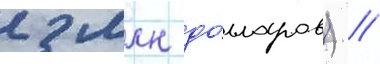
2 млн до́лларов) //